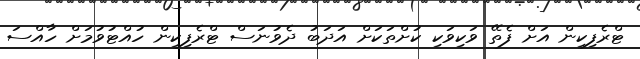
ޓްރެފިކިން އަށް ފެތޭ ވަކިވަކި ކުށްތަކަށް އަދަބު ދެވުނަސް ޓްރެފިކިން ހުއްޓުވުމަށް ހާއްސަ